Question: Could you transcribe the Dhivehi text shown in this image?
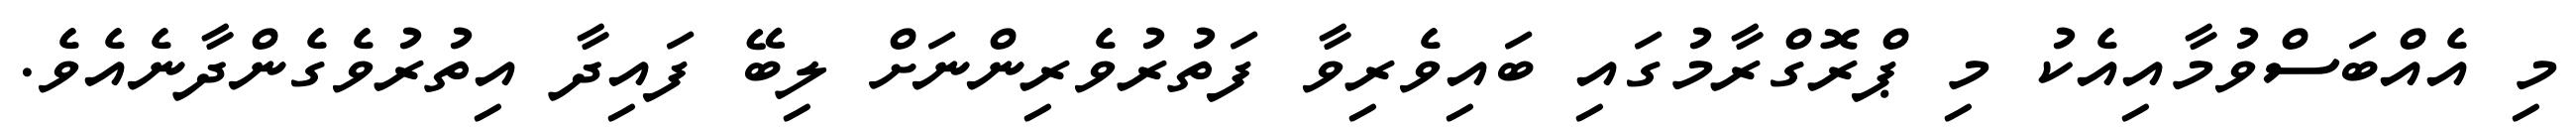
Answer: މި އެއްބަސްވުމާއިއެކު މި ޕްރޮގްރާމުގައި ބައިވެރިވާ ފަތުރުވެރިންނަށް ލިބޭ ފައިދާ އިތުރުވެގެންދާނެއެވެ.